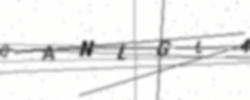
Text: QANLGL4